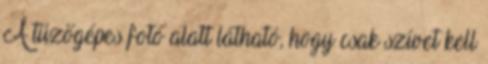
A tűzőgépes fotó alatt látható, hogy csak szívet kell